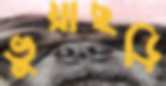
ভুয়াছড়ি